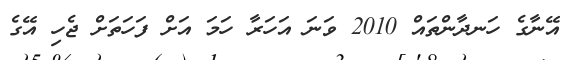
އޭނާގެ ހަނދާންތައް 2010 ވަނަ އަހަރާ ހަމަ އަށް ފަހަތަށް ޖެހި އޭގެ